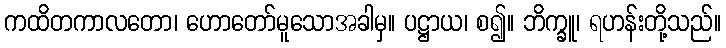
ကထိတကာလတော၊ ဟောတော်မူသောအခါမှ။ ပဋ္ဌာယ၊ စ၍။ ဘိက္ခူ၊ ရဟန်းတို့သည်။